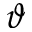
\vartheta